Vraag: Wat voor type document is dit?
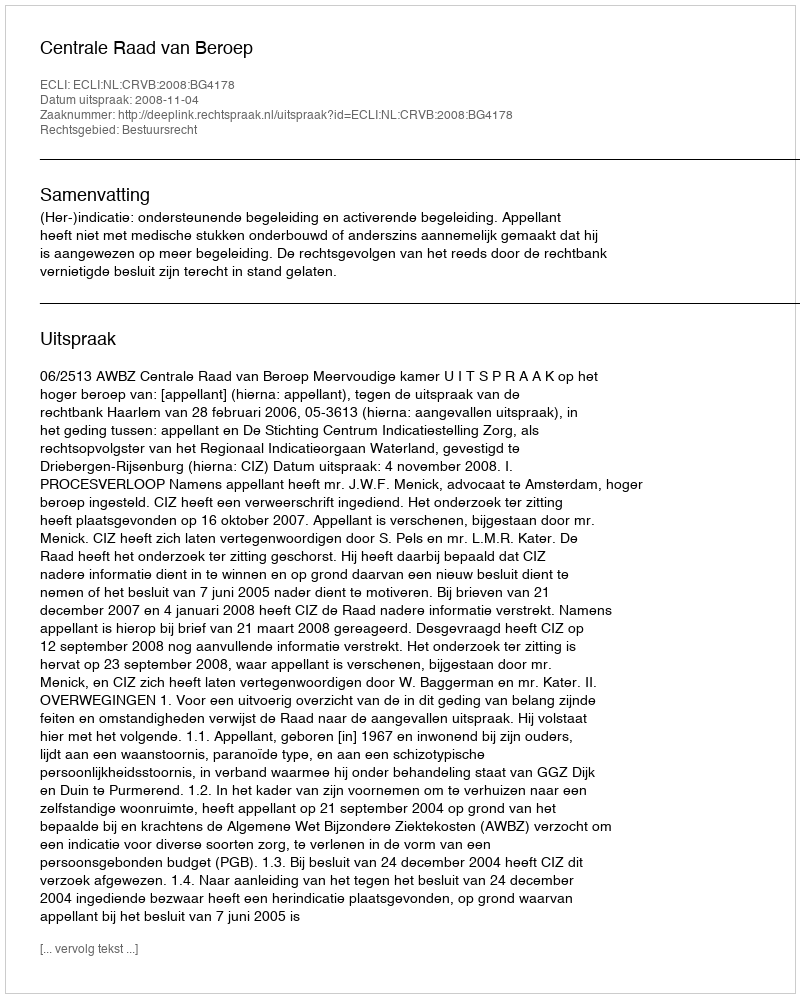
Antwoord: Uitspraak